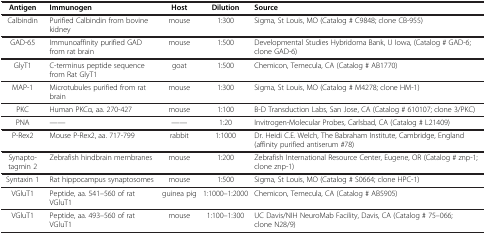
<table><thead><tr><td><b>Antigen</b></td><td><b>Immunogen</b></td><td><b>Host</b></td><td><b>Dilution</b></td><td><b>Source</b></td></tr></thead><tbody><tr><td>Calbindin</td><td>Purified Calbindin from bovine kidney</td><td>mouse</td><td>1:300</td><td>Sigma, St Louis, MO (Catalog # C9848; clone CB-955)</td></tr><tr><td>GAD-65</td><td>Immunoaffinity purified GAD from rat brain</td><td>mouse</td><td>1:500</td><td>Developmental Studies Hybridoma Bank, U Iowa, (Catalog # GAD-6; clone GAD-6)</td></tr><tr><td>GlyT1</td><td>C-terminus peptide sequence from Rat GlyT1</td><td>goat</td><td>1:500</td><td>Chemicon, Temecula, CA (Catalog # AB1770)</td></tr><tr><td>MAP-1</td><td>Microtubules purified from rat brain</td><td>mouse</td><td>1:300</td><td>Sigma, St Louis, MO (Catalog # M4278; clone HM-1)</td></tr><tr><td>PKC</td><td>Human PKCα, aa. 270-427</td><td>mouse</td><td>1:100</td><td>B-D Transduction Labs, San Jose, CA (Catalog # 610107; clone 3/PKC)</td></tr><tr><td>PNA</td><td>— —</td><td>— —</td><td>1:20</td><td>Invitrogen-Molecular Probes, Carlsbad, CA (Catalog # L21409)</td></tr><tr><td>P-Rex2</td><td>Mouse P-Rex2, aa. 717-799</td><td>rabbit</td><td>1:1000</td><td>Dr. Heidi C.E. Welch, The Babraham Institute, Cambridge, England (affinity purified antiserum #78)</td></tr><tr><td>Synapto-tagmin 2</td><td>Zebrafish hindbrain membranes</td><td>mouse</td><td>1:200</td><td>Zebrafish International Resource Center, Eugene, OR (Catalog # znp-1; clone znp-1)</td></tr><tr><td>Syntaxin 1</td><td>Rat hippocampus synaptosomes</td><td>mouse</td><td>1:500</td><td>Sigma, St Louis, MO (Catalog # S0664; clone HPC-1)</td></tr><tr><td>VGluT1</td><td>Peptide, aa. 541–560 of rat VGluT1</td><td>guinea pig</td><td>1:1000–1:2000</td><td>Chemicon, Temecula, CA (Catalog # AB5905)</td></tr><tr><td>VGluT1</td><td>Peptide, aa. 493–560 of rat VGluT1</td><td>mouse</td><td>1:100–1:300</td><td>UC Davis/NIH NeuroMab Facility, Davis, CA (Catalog # 75–066; clone N28/9)</td></tr></tbody></table>